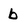
Character: b